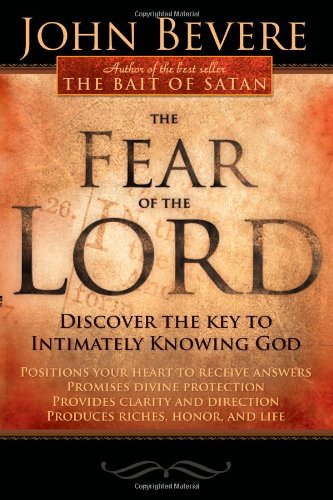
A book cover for Fear Of The Lord; John Bevere; Christian Books & Bibles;